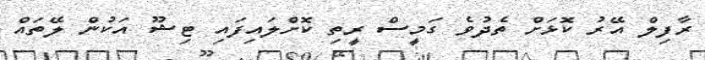
ރާފިލް އޭރު ކޮޅަށް ތެދުވެ ގަމީސް ރީތި ކޮށްލައިފައި ޓިޝޫ އަކުން ލޭތައް